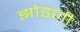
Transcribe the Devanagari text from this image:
झोडणी